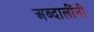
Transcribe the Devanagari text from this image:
अब्दालींनी